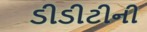
ડીડીટીની